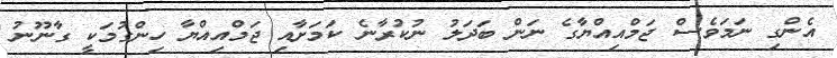
އެންގި ނަމަވެސް ޖަމްއިއްޔާގެ ނަން ބަދަލު ނުކުރާނެ ކަމަށާއި ޖަމްއިއްޔާ ހިންގުމަކީ ގާނޫނު